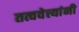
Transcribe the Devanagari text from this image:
तत्ववेत्त्यांनी